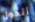
أتحول